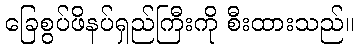
ခြေစွပ်ဖိနပ်ရှည်ကြီးကို စီးထားသည်။